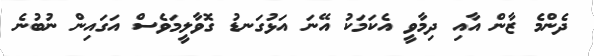
ދެންމެ ޒާން އާއި ދިމާވީ އެކަމަކު އޭނަ އަޅުގަނޑު ގޮވާލީމަވެސް އަގައިން ނުބުނެ